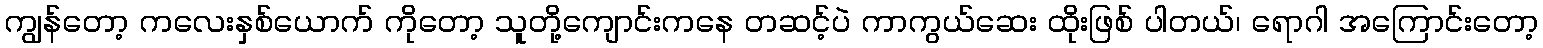
ကျွန်တော့ ကလေးနှစ်ယောက် ကိုတော့ သူတို့ကျောင်းကနေ တဆင့်ပဲ ကာကွယ်ဆေး ထိုးဖြစ် ပါတယ်၊ ရောဂါ အကြောင်းတော့